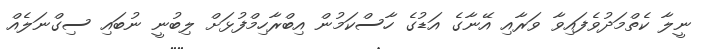
ނީލާ ކެތްމަދުވެފައިވާ ވަރާއި އޭނާގެ އަޑުގެ ހާސްކަމުން އިބްރާހިމްފުޅަށް ލިބުނީ ނުބައި ސިގްނަލެއް